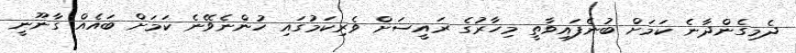
ދެމިގެންދާނެ ކަމަށް ބުނެފައިވާތީ މިހާރުގެ ރައީސަށް ވެރިކަމުގައި ހުންނެވޭނެ ކަމަށް ބައެއް ގާނޫނީ